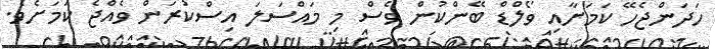
ހަދަންޖެހޭ ކަމަށާއި ވޯލްޑް ބޭންކުން ވެސް މި މައްސަލަ އިސްކުރަން ވެއްޖެ ކަމަށެވެ.